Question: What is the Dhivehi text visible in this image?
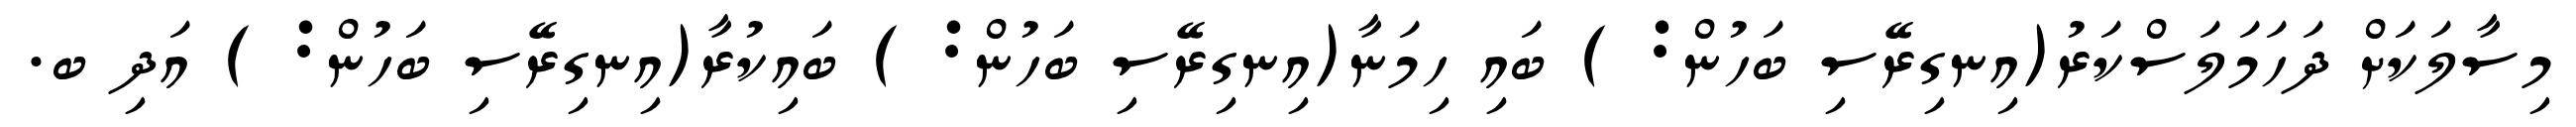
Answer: މިސާލަކަށް ދަހަމަލަސްކަރު(އިނގިރޭސި ބަހުން: ) ބައި ހިމަނާ(އިނގިރޭސި ބަހުން: ) ބައިކުރާ(އިނގިރޭސި ބަހުން: ) އަދި ބ.